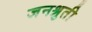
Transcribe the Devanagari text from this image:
जनश्रुती